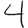
Digit: 4